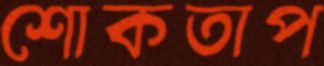
শোকতাপ